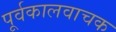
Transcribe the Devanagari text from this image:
पूर्वकालवाचक